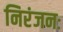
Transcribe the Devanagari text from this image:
निरंजनः